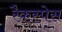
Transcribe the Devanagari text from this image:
रैकस्पेस